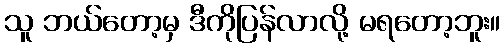
သူ ဘယ်တော့မှ ဒီကိုပြန်လာလို့ မရတော့ဘူး။